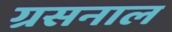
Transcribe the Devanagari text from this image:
ग्रसनाल